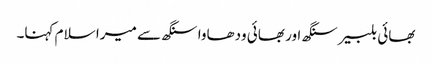
بھائی بلبیر سنگھ اور بھائی ودھاوا سنگھ سے میرا سلام کہنا۔